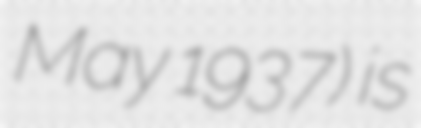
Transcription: May 1937) is